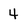
Character: 4